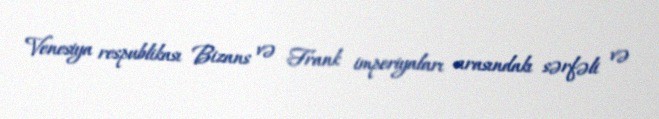
Venesiya respublikası Bizans və Frank imperiyaları arasındakı sərfəli və